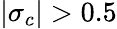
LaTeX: |\sigma_{c}|>0.5